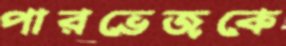
পারভেজকে